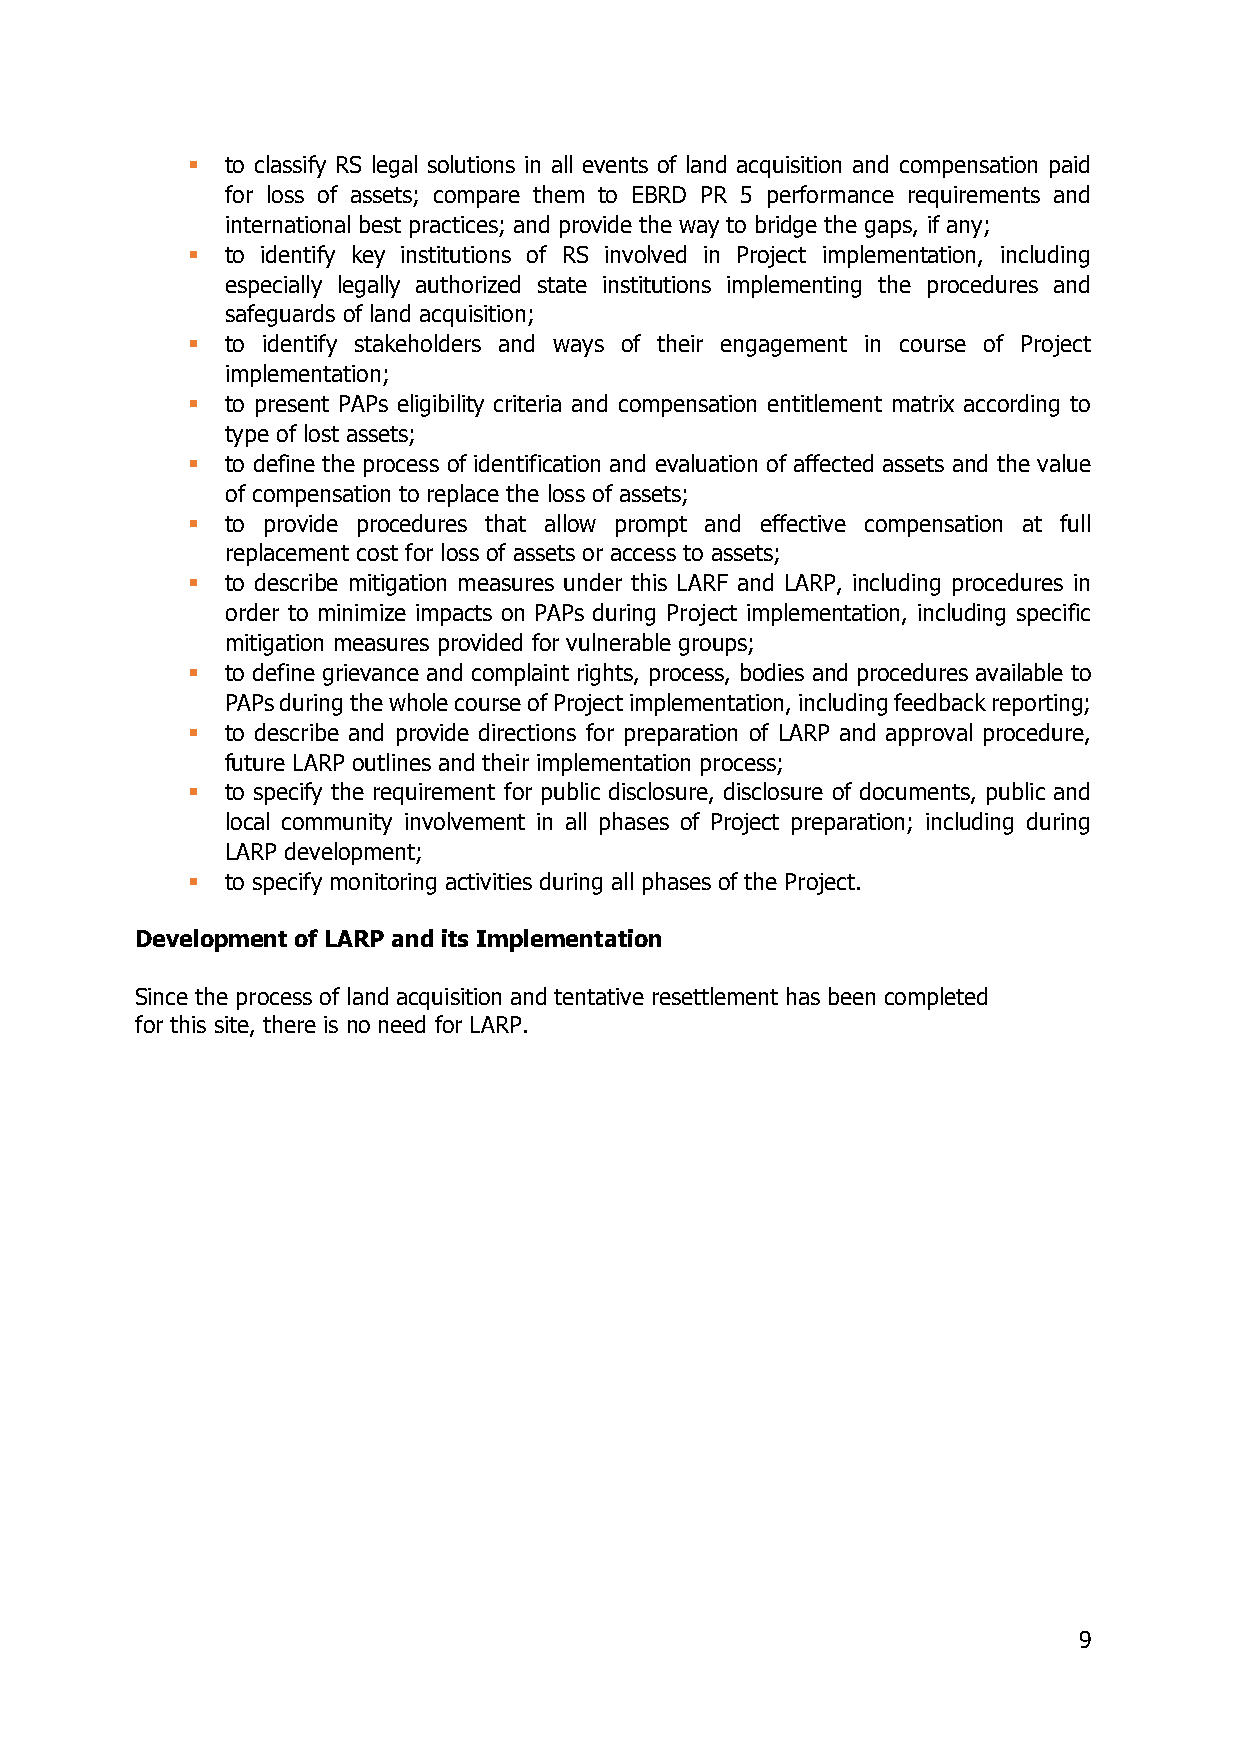
▪  to classify RS legal solutions in all events of land acquisition and compensation paid
 for loss of assets; compare them to EBRD PR 5 performance requirements and
 international best practices; and provide the way to bridge the gaps, if any;
 ▪  to identify key institutions of RS involved in Project implementation, including
 especially legally authorized state institutions implementing the procedures and
 safeguards of land acquisition;
 ▪  to identify stakeholders and ways of their engagement in course of Project
 implementation;
 ▪  to present PAPs eligibility criteria and compensation entitlement matrix according to
 type of lost assets;
 ▪  to define the process of identification and evaluation of affected assets and the value
 of compensation to replace the loss of assets;
 ▪  to provide procedures that allow prompt and effective compensation at full
 replacement cost for loss of assets or access to assets;
 ▪  to describe mitigation measures under this LARF and LARP, including procedures in
 order to minimize impacts on PAPs during Project implementation, including specific
 mitigation measures provided for vulnerable groups;
 ▪  to define grievance and complaint rights, process, bodies and procedures available to
 PAPs during the whole course of Project implementation, including feedback reporting;
 ▪  to describe and provide directions for preparation of LARP and approval procedure,
 future LARP outlines and their implementation process;
 ▪  to specify the requirement for public disclosure, disclosure of documents, public and
 local community involvement in all phases of Project preparation; including during
 LARP development;
 ▪  to specify monitoring activities during all phases of the Project.
 Development of LARP and its Implementation
 Since the process of land acquisition and tentative resettlement has been completed
 for this site, there is no need for LARP.
 9